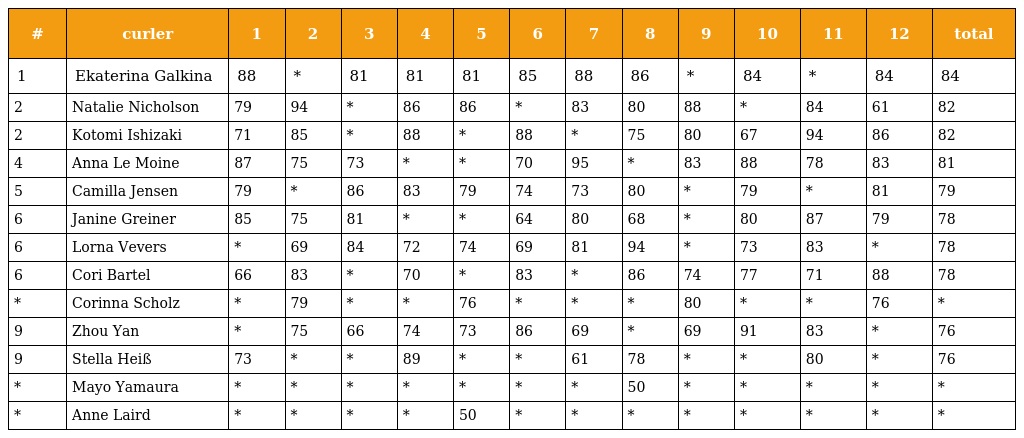
| # | curler | 1 | 2 | 3 | 4 | 5 | 6 | 7 | 8 | 9 | 10 | 11 | 12 | total |
 | --- | --- | --- | --- | --- | --- | --- | --- | --- | --- | --- | --- | --- | --- | --- |
 | 1 | Ekaterina Galkina | 88 | * | 81 | 81 | 81 | 85 | 88 | 86 | * | 84 | * | 84 | 84 |
 | 2 | Natalie Nicholson | 79 | 94 | * | 86 | 86 | * | 83 | 80 | 88 | * | 84 | 61 | 82 |
 | 2 | Kotomi Ishizaki | 71 | 85 | * | 88 | * | 88 | * | 75 | 80 | 67 | 94 | 86 | 82 |
 | 4 | Anna Le Moine | 87 | 75 | 73 | * | * | 70 | 95 | * | 83 | 88 | 78 | 83 | 81 |
 | 5 | Camilla Jensen | 79 | * | 86 | 83 | 79 | 74 | 73 | 80 | * | 79 | * | 81 | 79 |
 | 6 | Janine Greiner | 85 | 75 | 81 | * | * | 64 | 80 | 68 | * | 80 | 87 | 79 | 78 |
 | 6 | Lorna Vevers | * | 69 | 84 | 72 | 74 | 69 | 81 | 94 | * | 73 | 83 | * | 78 |
 | 6 | Cori Bartel | 66 | 83 | * | 70 | * | 83 | * | 86 | 74 | 77 | 71 | 88 | 78 |
 | * | Corinna Scholz | * | 79 | * | * | 76 | * | * | * | 80 | * | * | 76 | * |
 | 9 | Zhou Yan | * | 75 | 66 | 74 | 73 | 86 | 69 | * | 69 | 91 | 83 | * | 76 |
 | 9 | Stella Heiß | 73 | * | * | 89 | * | * | 61 | 78 | * | * | 80 | * | 76 |
 | * | Mayo Yamaura | * | * | * | * | * | * | * | 50 | * | * | * | * | * |
 | * | Anne Laird | * | * | * | * | 50 | * | * | * | * | * | * | * | * |